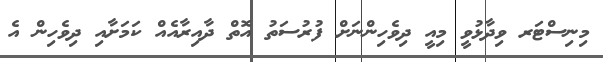
މިނިސްޓަރ ވިދާޅުވީ މިއީ ދިވެހިންނަށް ފުރުސަތު އޮތް ދާއިރާއެއް ކަމަށާއި ދިވެހިން އެ